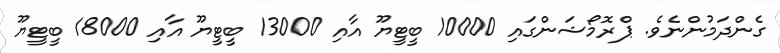
ގެންދަމުންނެވެ. ޕްރޮމޯޝަންގައި 10000 ބީޓީޔޫ އާއި 13000 ބީޓީޔޫ އާއި 18000 ބީޓީޔޫ